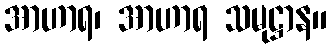
အာဟာရ၊ အာဟာရ သမုဋ္ဌာန။